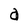
Character: a